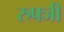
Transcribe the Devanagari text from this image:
रुफ्जी